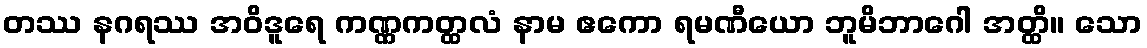
တဿ နဂရဿ အဝိဒူရေ ကဏ္ဏကတ္ထလံ နာမ ဧကော ရမဏီယော ဘူမိဘာဂေါ အတ္ထိ။ သော